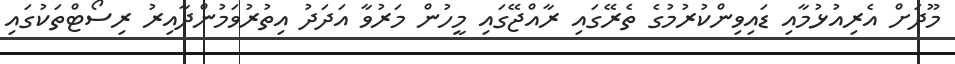
މޫދަށް އެރިއުޅުމާއި ޑައިވިންކުރުމުގެ ތެރޭގައި ރާއްޖޭގައި މީހުން މަރުވާ އަދަދު އިތުރުވަމުންދާއިރު ރިސޯޓްތަކުގައި